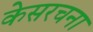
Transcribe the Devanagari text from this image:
केसरचना